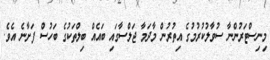
މިނިސްޓަރުންނާ ސުވާލުކުރުމުގެ އިތުރުން މާދަމާ ޖަލްސާގައި ބައެއް ބިލްތަކުގެ ބަހުސް ފަށާނެ އެވެ.